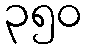
၃၅၀